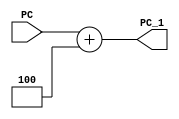
`timescale 1ns / 1ps
//////////////////////////////////////////////////////////////////////////////////
// Company: 
// Engineer: 
// 
// Design Name: 
// Module Name:    Adder 
// Project Name: 
// Target Devices: 
// Tool versions: 
// Description: 
//
// Dependencies: 
//
// Revision: 
// Revision 0.01 - File Created
// Additional Comments: 
//
//////////////////////////////////////////////////////////////////////////////////
module Adder(PC,PC_1);
output reg [31:0] PC_1;
input [31:0]PC;
always@(*)
begin
PC_1=PC+4;
end

endmodule